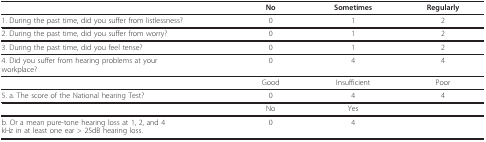
<table><thead><tr><td></td><td><b>No</b></td><td><b>Sometimes</b></td><td><b>Regularly</b></td></tr></thead><tbody><tr><td>1. During the past time, did you suffer from listlessness?</td><td>0</td><td>1</td><td>2</td></tr><tr><td>2. During the past time, did you suffer from worry?</td><td>0</td><td>1</td><td>2</td></tr><tr><td>3. During the past time, did you feel tense?</td><td>0</td><td>1</td><td>2</td></tr><tr><td>4. Did you suffer from hearing problems at yourworkplace?</td><td>0</td><td>4</td><td>4</td></tr><tr><td></td><td>Good</td><td>Insufficient</td><td>Poor</td></tr><tr><td>5. a. The score of the National hearing Test?</td><td>0</td><td>4</td><td>4</td></tr><tr><td></td><td>No</td><td>Yes</td><td></td></tr><tr><td>b. Or a mean pure-tone hearing loss at 1, 2, and 4kHz in at least one ear &gt; 25dB hearing loss.</td><td>0</td><td>4</td><td></td></tr></tbody></table>